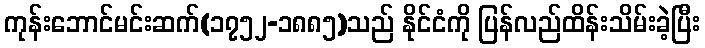
ကုန်းဘောင်မင်းဆက်(၁၇၅၂-၁၈၈၅)သည် နိုင်ငံကို ပြန်လည်ထိန်းသိမ်းခဲ့ပြီး